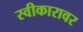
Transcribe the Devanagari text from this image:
स्वीकारावर